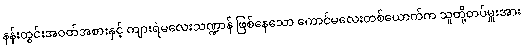
နန်းတွင်းအဝတ်အစားနှင့် ကျားရဲမလေးသဏ္ဍာန် ဖြစ်နေသော ကောင်မလေးတစ်ယောက်က သူတို့တပ်မှူးအား